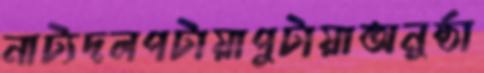
নাট্যদলপটায়াপুটায়াঅনুষ্ঠা